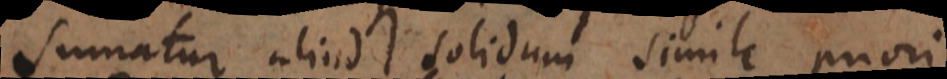
Sumatur aliud solidum simile priori,